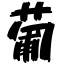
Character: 葡